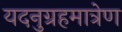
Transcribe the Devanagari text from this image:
यदनुग्रहमात्रेण